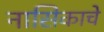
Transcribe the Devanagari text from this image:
नासिकाचे